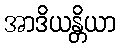
အာဒိယန္တိယာ